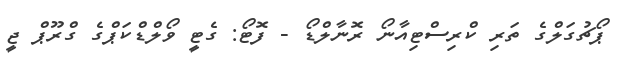
ޕޯޗުގަލްގެ ތަރި ކްރިސްޓިއާނޯ ރޮނާލްޑޯ - ފޮޓޯ: ގެޓީ ވޯލްޑްކަޕްގެ ގްރޫޕް ޖީ